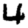
Digit: 4